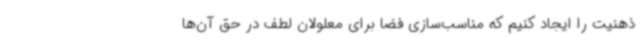
ذهنیت را ایجاد کنیم که مناسب‌سازی فضا برای معلولان لطف در حق آن‌ها